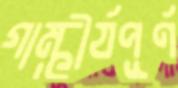
গাম্ভীর্যপূর্ণ